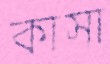
কাসা